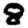
Digit: 8